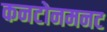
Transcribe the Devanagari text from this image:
कनटोनमनट